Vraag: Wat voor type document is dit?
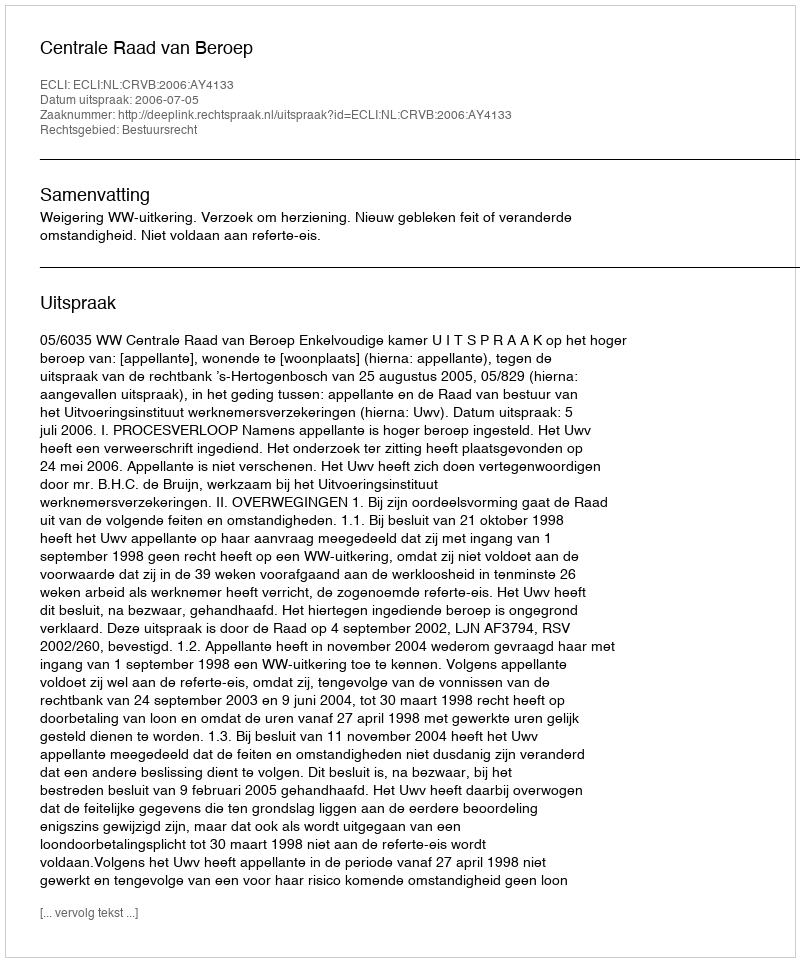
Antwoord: Uitspraak